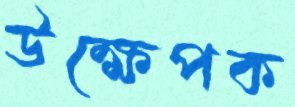
উক্ষেপক